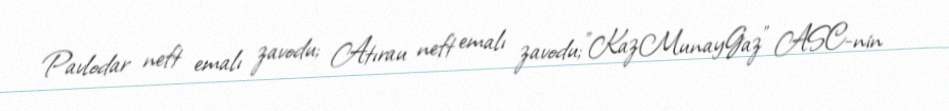
Pavlodar neft emalı zavodu; Atırau neft emalı zavodu;"KazMunayGaz" ASC-nin